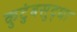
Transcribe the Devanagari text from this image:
कुटुंबसुद्धा